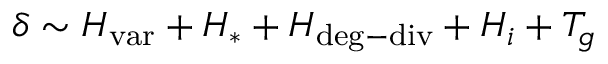
\delta \sim H _ { \mathrm { { v a r } } } + H _ { \ast } + H _ { \mathrm { { d e g - d i v } } } + H _ { i } + T _ { g }